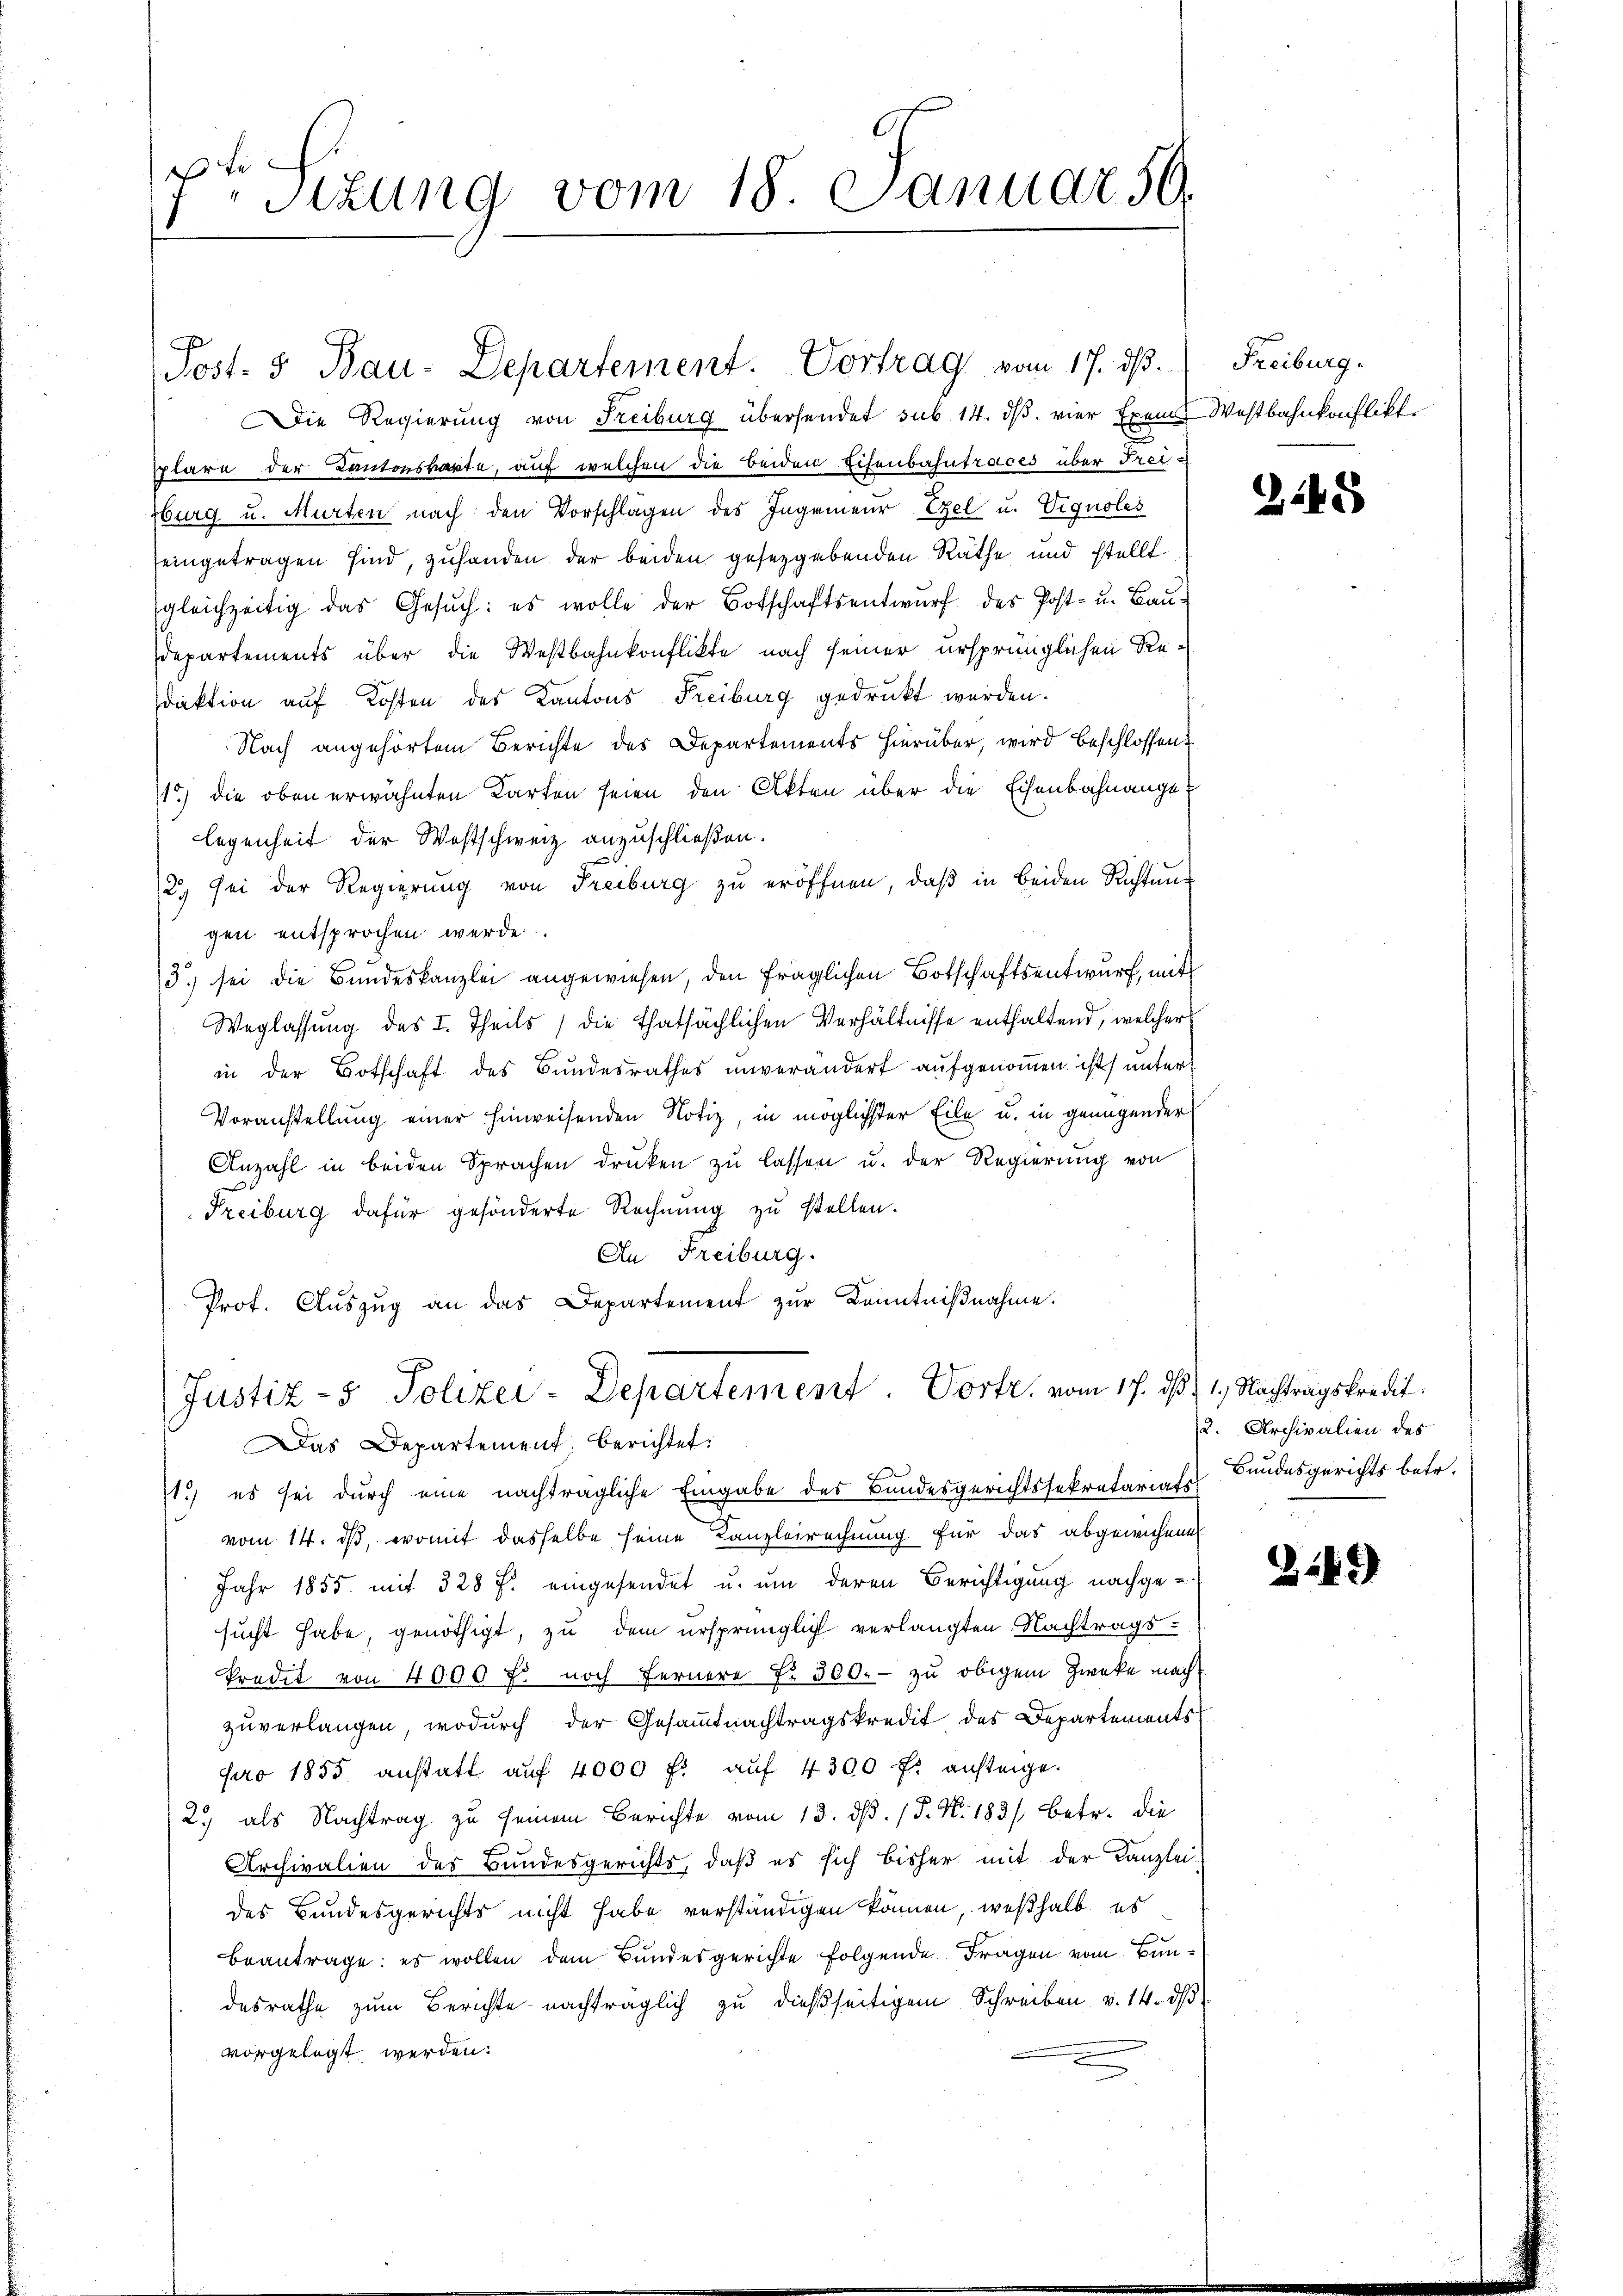
es
Stzung vom 18. Januar 50.

Post- & Bau-Departement. Vortrag vom 17. dß.

Die Regierung von Freiburg übersendet sub 14. dβ. vier Exem Westbahnkonflikte
splare der Kantonsratte, auf welchen die beiden Eisenbahnfraces über Freisburg u. Murten nach den Vorschlagen des Ingenieur Exel u. Vignoles
eingetragen sind, zuhanden der beiden gesetzgebenden Räthe und stellt
gleichzeitig das Gesŭch: es wolle der Botschaftsentwŭrf des Post- u. Baŭ-
Departements über die Westbahnkonflikte nach seiner ursprünglichen Redaktion auf Kosten des Kantons Freiburg gedruckt werden.
Nach angehörtem Berichte des Departements hierüber, wird beschlossen:
1) die oben erwähnten Karten seien den Akten über die Eisenbahnange
legenheit der Westschweiz anzuschließen.
2.) Sei der Regierung von Freiburg zŭ eröffnen, daβ in beiden Richtŭng
gen entsprochen werde.
3.) sei die Bundeskanzlei angewiesen, den fraglichen Botschaftsentwurf, mit
Weglassung des I. Theils die thatsächlichen Verhältnisse enthaltend, welcher
in der Botschaft des Bundesrathes unverändert aufgenoṁen ist unter
Voranstellung einer hinweisenden Notiz, in möglichster Eile u. in genügender
Anzahl in beiden Sprachen druken zu lassen u. der Regierung von
e
Treiburg dafür gesönderte Rechnung zu stellen.
An Freiburg.
Prof. Auszug an das Departement zur Kenntnißnahme.
Justiz- & Polizei-Departement. Vortr. vom 17. ds. 1., Nachtragskredit.
Das Departement berichtet:
11.) es sei durch eine nachträgliche Eingabe des Bundesgerichtssekretarials Bundesgerichts betr.
vom 14. ds, womit dasselbe seine Kanzleirechnung für das abgewichene
Jahr 1855 mit 328 f. eingesendet u. um deren Berichtigung nachge-
sucht habe, genöthigt, zu dem ursprünglich verlangten Nachtragskredit von 4000 f. noch fernere Fr. 300.- zu obigem Zwecke machzuverlangen, wodurch der Gesamtnachtragskredit des Departements
pro 1855 anstatt auf 4000 f: auf 4300 f: ansteige.
2.) als Nachtrag zu seinem Berichte vom 13. dß. / P. Nr. 1831 betr. die
Archivalien des Bundesgerichts, daß es sich bisher mit der Kanzlei-
des Bundesgerichts nicht habe verständigen können, weßhalb es
beantrage: es wollen dem Bundesgerichte folgende Fragen vom Bundesrathe zum Berichte nachträglich zu dießseitigem Schreiben v. 14. dβ
vorgelegt werden:

Freiburg.

2245

2. Archivalien des

349